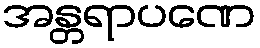
အန္တရာပဏေ